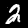
Label: 2